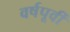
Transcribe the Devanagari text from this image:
वर्षपूर्वी